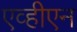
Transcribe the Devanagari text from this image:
एव्हीएन